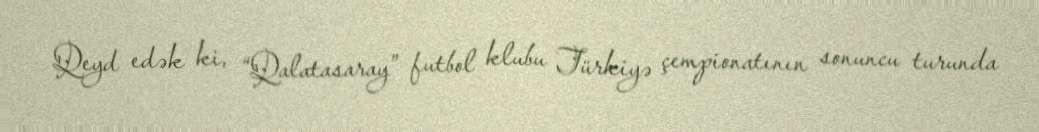
Qeyd edək ki, “Qalatasaray” futbol klubu Türkiyə çempionatının sonuncu turunda